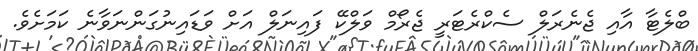
ބްލެޓާ އާއި ޖެނެރަލް ސެކްރެޓަރީ ޖެރޯމް ވަލްކޭ ފައިނަލް އަށް ވަޑައިނުގަންނަވާނެ ކަމަށެވެ.